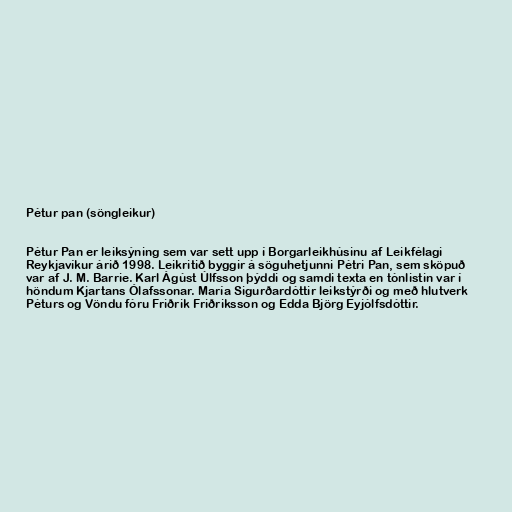
Pétur pan (söngleikur)

Pétur Pan er leiksýning sem var sett upp í Borgarleikhúsinu af Leikfélagi
Reykjavíkur árið 1998. Leikritið byggir á söguhetjunni Pétri Pan, sem sköpuð
var af J. M. Barrie. Karl Ágúst Úlfsson þýddi og samdi texta en tónlistin var í
höndum Kjartans Ólafssonar. María Sigurðardóttir leikstýrði og með hlutverk
Péturs og Vöndu fóru Friðrik Friðriksson og Edda Björg Eyjólfsdóttir.